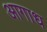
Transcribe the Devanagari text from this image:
आगाध